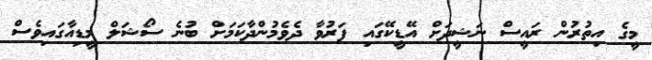
މީގެ އިތުރުން ރައީސް ނަޝީދަށް އޭޑީކޭގައި ފަރުވާ ދެވެމުންދާކަމަށް ބުނެ ސޯޝަލް މީޑިއާގައިވެސް